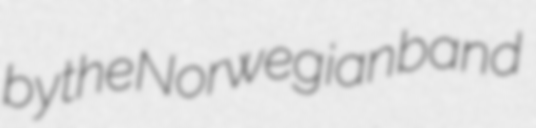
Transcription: by the Norwegian band